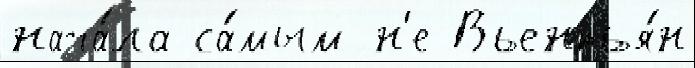
нача́ла са́мым н'е Вьентья́н